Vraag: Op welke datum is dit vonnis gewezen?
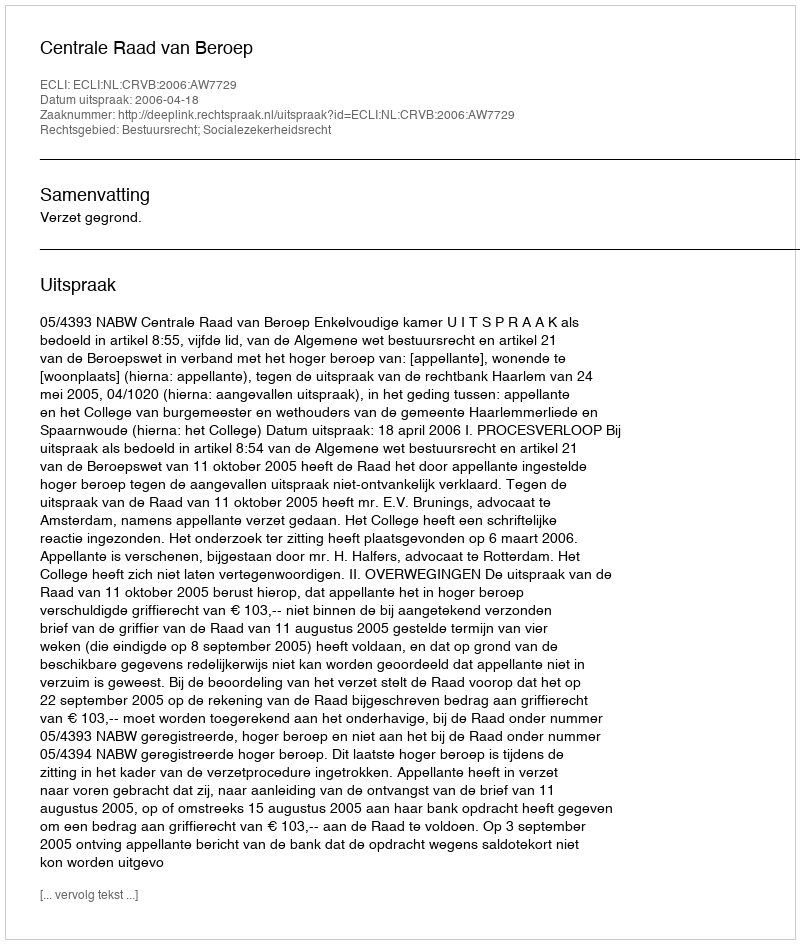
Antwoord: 2006-04-18